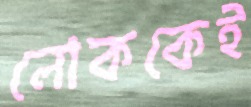
লোককেই